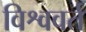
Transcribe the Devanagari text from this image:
विश्ववर्त